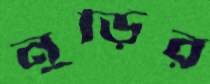
নুড়ির